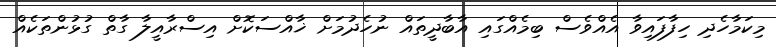
މިކަމާހެދި ހިފާފައިވާ އެއްވެސް ބިމެއްގައި އާބާދީތައް ނުހެދުމަށް ޚާއްސަކޮށް އިސްރާއީލާ ގާތް ގުޅުންތަކެއް